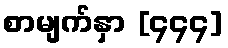
စာမျက်နှာ [၄၄၄]